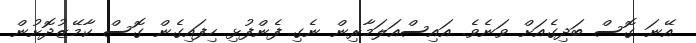
އޭނަ ގޮސް ބަދިގެއަށް ވަނެވެ. އައިސްއަލަމާރިން ނެގި ފެންފުޅި ހިފައިގެން ގޮސް ކާމޭޒުދޮށުން